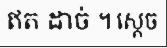
ឥត ដាច់ ។ ស្តេច